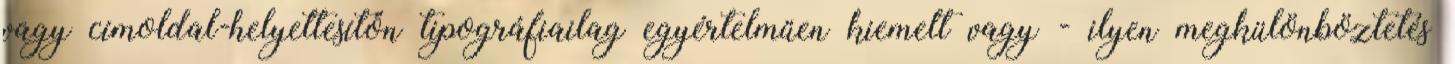
vagy címoldal-helyettesítőn tipográfiailag egyértelműen kiemelt vagy - ilyen megkülönböztetés